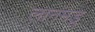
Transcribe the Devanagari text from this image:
लानमडू